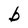
Character: b